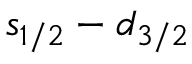
s _ { 1 / 2 } - d _ { 3 / 2 }